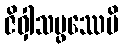
ဇိဝှါသမ္ဖဿေပိ